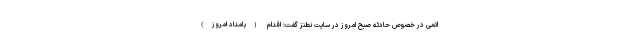
اتمی در خصوص حادثه صبح امروز در سایت نطنز گفت: اقدام (بامداد امروز)